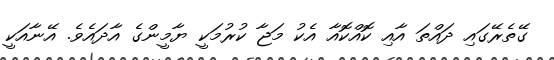
ގޭތެރޭގައި ދައްތަ އާއި ކޮއްކޮއާ އެކު މަޖާ ކުރުމަކީ ޔާމީންގެ އާދައެވެ. އޭނާއަކީ